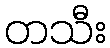
တသီး